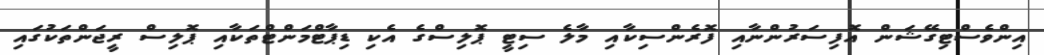
އިންވެސްޓިގޭޝަން އޮފިސަރުންނާއި ފޮރެންސިކާއި މާލެ ސިޓީ ޕޮލިސްގެ އެކި ޑިޕާޓްމަންޓްތަކާއި ޕޮލިސް ރީޖަންތަކުގައި